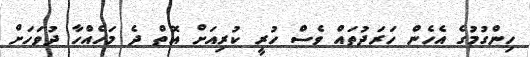
ހިންގުމުގެ އެހެން ހަރަދުތައް ވެސް ހުރީ ކުރިއަށް އޮތް ދެ މަހެއްހާ ދުވަހަށް